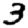
Digit: 3